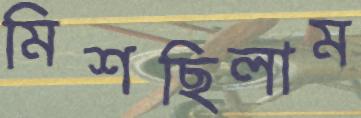
মিশছিলাম